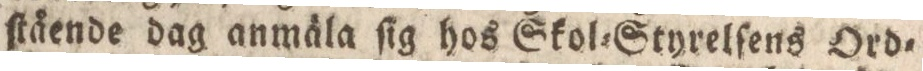
ſtående dag anmäla ſig hos Skol=Styrelſens Ord=